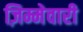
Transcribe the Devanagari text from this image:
ज़िम्मेवारी